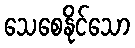
သေစေနိုင်သော